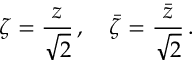
\zeta = { \frac { z } { \sqrt { 2 } } } \, , \quad { \bar { \zeta } } = { \frac { \bar { z } } { \sqrt { 2 } } } \, .